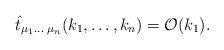
LaTeX: \begin{align*}\hat{t}_{\mu_1 \ldots \;\mu_n}(k_1,\ldots ,k_n) = {\cal O}(k_1).\end{align*}